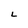
Character: L